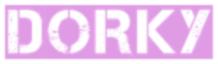
DORKY